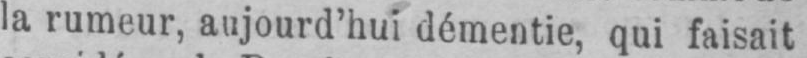
la rumeur, aujourd’hui démentie, qui faisait